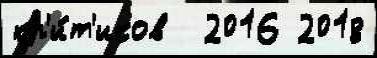
кр'и́т'иков  2016 2018